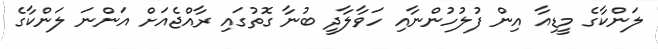
ލަންކާގެ މީޑިއާ އިން ފުލުހުންނާއި ހަވާލާދީ ބުނާ ގޮތުގައި ރާއްޖެއަށް އަންނަ ލަންކާގެ